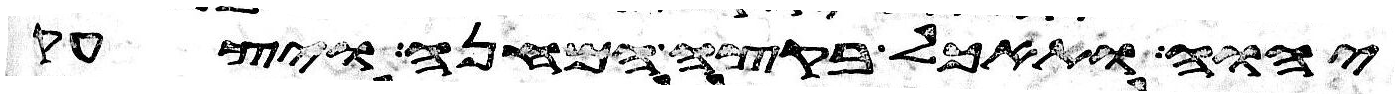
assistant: יהוה ותאכל בקצה המחנה ויצעק